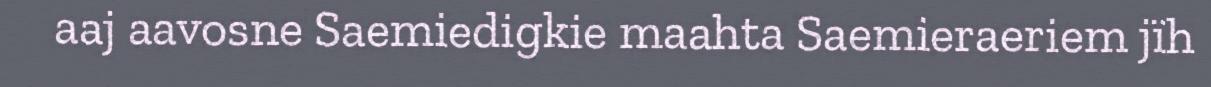
aaj aavosne Saemiedigkie maahta Saemieraeriem jïh